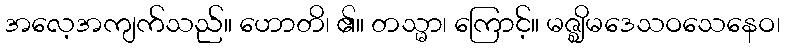
အလေ့အကျက်သည်။ ဟောတိ၊ ၏။ တသ္မာ၊ ကြောင့်။ မဇ္ဈိမဒေသဝသေနေဝ၊